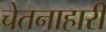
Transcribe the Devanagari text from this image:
चेतनाहारी